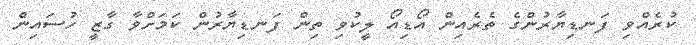
ކުރެއްވި ފަނޑިޔާރުންގެ ތެރެއިން އޯޑިއޯ ލީކުވި ތިން ފަނޑިޔާރުން ކަމަށްވާ ގާޒީ ހުސައިން